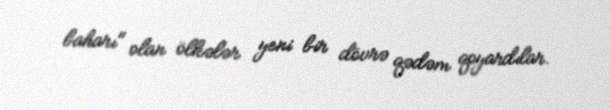
baharı" olan ölkələr yeni bir dövrə qədəm qoyardılar.